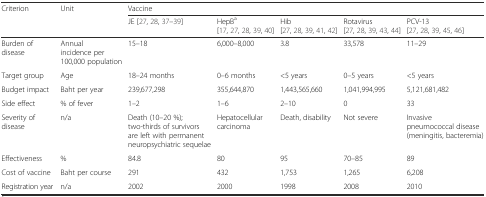
<table><thead><tr><td rowspan="2"><b>Criterion</b></td><td rowspan="2"><b>Unit</b></td><td colspan="5"><b>Vaccine</b></td></tr><tr><td><b>JE [27, 28, 37–39]</b></td><td><b>HepB<sup>a</sup> [17, 27, 28, 39, 40]</b></td><td><b>Hib [27, 28, 39, 41, 42]</b></td><td><b>Rotavirus [27, 28, 39, 43, 44]</b></td><td><b>PCV-13 [27, 28, 39, 45, 46]</b></td></tr></thead><tbody><tr><td>Burden of disease</td><td>Annual incidence per 100,000 population</td><td>15–18</td><td>6,000–8,000</td><td>3.8</td><td>33,578</td><td>11–29</td></tr><tr><td>Target group</td><td>Age</td><td>18–24 months</td><td>0–6 months</td><td>&lt;5 years</td><td>0–5 years</td><td>&lt;5 years</td></tr><tr><td>Budget impact</td><td>Baht per year</td><td>239,677,298</td><td>355,644,870</td><td>1,443,565,660</td><td>1,041,994,995</td><td>5,121,681,482</td></tr><tr><td>Side effect</td><td>% of fever</td><td>1–2</td><td>1–6</td><td>2–10</td><td>0</td><td>33</td></tr><tr><td>Severity of disease</td><td>n/a</td><td>Death (10–20 %); two-thirds of survivors are left with permanent neuropsychiatric sequelae</td><td>Hepatocellular carcinoma</td><td>Death, disability</td><td>Not severe</td><td>Invasive pneumococcal disease (meningitis, bacteremia)</td></tr><tr><td>Effectiveness</td><td>%</td><td>84.8</td><td>80</td><td>95</td><td>70–85</td><td>89</td></tr><tr><td>Cost of vaccine</td><td>Baht per course</td><td>291</td><td>432</td><td>1,753</td><td>1,265</td><td>6,208</td></tr><tr><td>Registration year</td><td>n/a</td><td>2002</td><td>2000</td><td>1998</td><td>2008</td><td>2010</td></tr></tbody></table>